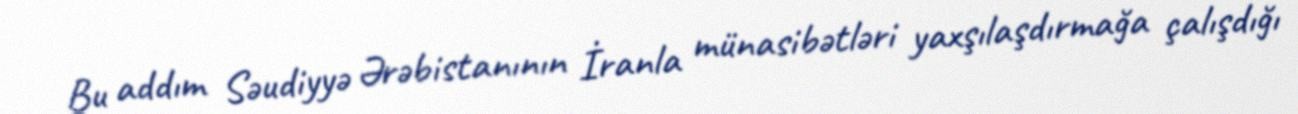
Bu addım Səudiyyə Ərəbistanının İranla münasibətləri yaxşılaşdırmağa çalışdığı